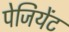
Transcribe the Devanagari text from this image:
पेजियेंट